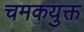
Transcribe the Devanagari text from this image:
चमकयुक्त